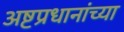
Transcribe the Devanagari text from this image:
अष्टप्रधानांच्या